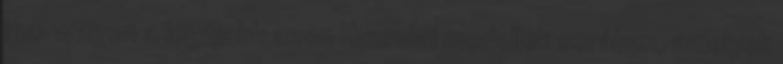
i30 wagon a legújabb azon Hyundai modellek sorában, amelyek